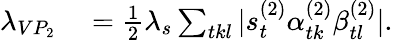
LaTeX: \begin{array}{rl}{\lambda_{VP_{2}}}&{{}=\frac{1}{2}\lambda_{s}\sum_{tkl}|s_{t}^{(2)}\alpha_{tk}^{(2)}\beta_{tl}^{(2)}|.}\end{array}